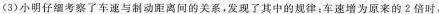
(3)小明仔细考察了车速与制动距离间的关系，发现了其中的规律：车速增为原来的2倍时，